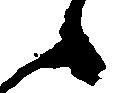
候